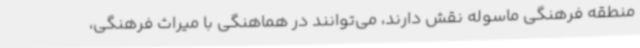
منطقه فرهنگی ماسوله نقش دارند، می‌توانند در هماهنگی با میراث فرهنگی،